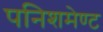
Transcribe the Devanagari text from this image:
पनिशमेण्ट